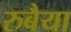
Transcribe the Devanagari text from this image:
रुबैया